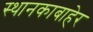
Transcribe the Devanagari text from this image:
स्थानकाबाहेर